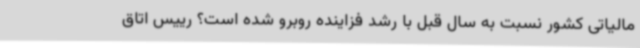
مالیاتی کشور نسبت به سال قبل با رشد فزاینده روبرو شده است؟ رییس اتاق